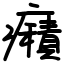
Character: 癪